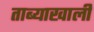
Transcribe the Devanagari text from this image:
ताब्याखाली